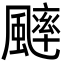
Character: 𩘱